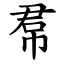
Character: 帬